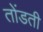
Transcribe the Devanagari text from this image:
तोंडती